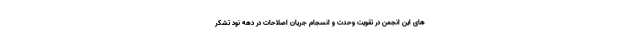
های این انجمن در تقویت وحدت و انسجام جریان اصلاحات در دهه نود تشکر